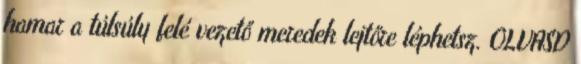
hamar a túlsúly felé vezető meredek lejtőre léphetsz. OLVASD